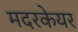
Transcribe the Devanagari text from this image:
मदरकेयर